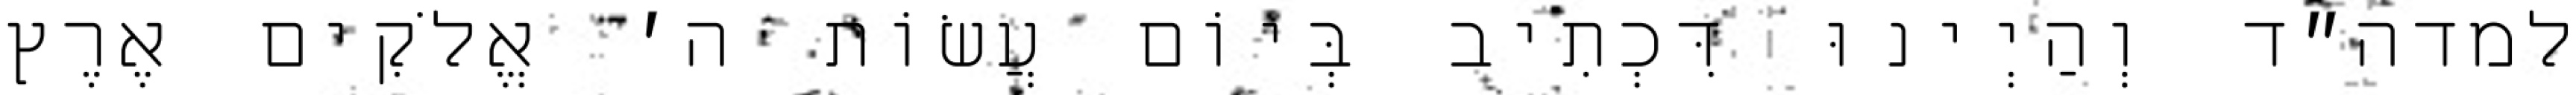
למדה״ד וְהַיְינוּ דִּכְתִיב בְּיוֹם עֲשׂוֹת ה׳ אֱלֹקִים אֶרֶץ